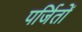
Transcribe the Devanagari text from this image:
पर्जितों